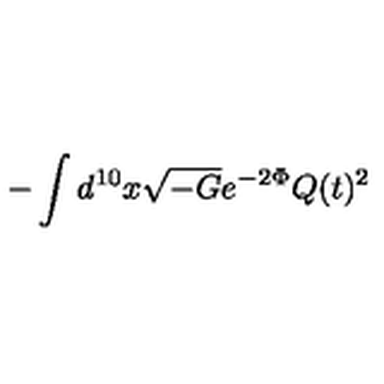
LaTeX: - \int d ^ { 1 0 } x \sqrt { - G } e ^ { - 2 \Phi } Q ( t ) ^ { 2 }